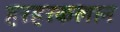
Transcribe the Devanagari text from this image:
हरहरकलान